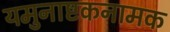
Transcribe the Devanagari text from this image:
यमुनाष्टकनामक